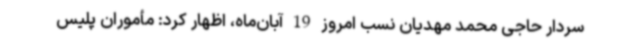
سردار حاجی محمد مهدیان نسب امروز 19 آبان‌ماه، اظهار کرد: مأموران پلیس